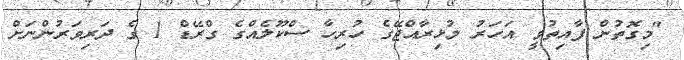
"މިގޮތުން ފާއިތުވީ އަހަރު މުޅިރާއްޖޭގެ ހުރިހާ ސްކޫލެއްގެ ގްރޭޑް 1 ގެ ދަރިވަރުންނަށް